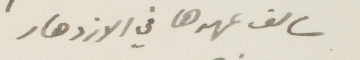
سالف عهدها في الازدهار